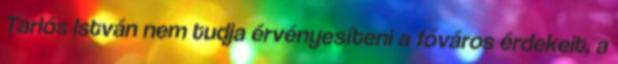
Tarlós István nem tudja érvényesíteni a főváros érdekeit, a